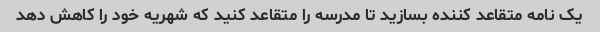
یک نامه متقاعد کننده بسازید تا مدرسه را متقاعد کنید که شهریه خود را کاهش دهد